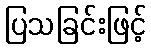
ပြသခြင်းဖြင့်